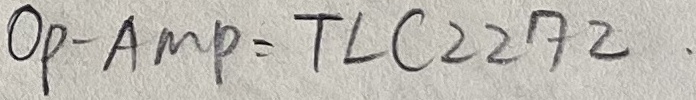
Text: OP-AMP-2272